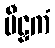
မီဠှကံ